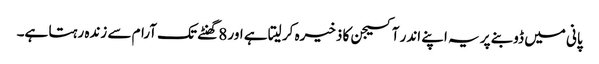
پانی میں ڈوبنے پر یہ اپنے اندر آکسیجن کا ذخیرہ کر لیتا ہے اور 8 گھنٹے تک آرام سے زندہ رہتا ہے۔